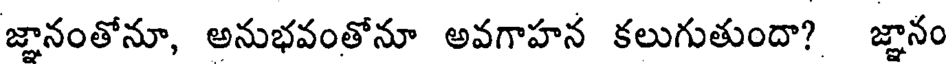
జ్ఞానంతోనూ, అనుభవంతోనూ అవగాహన కలుగుతుందా? జ్ఞానం